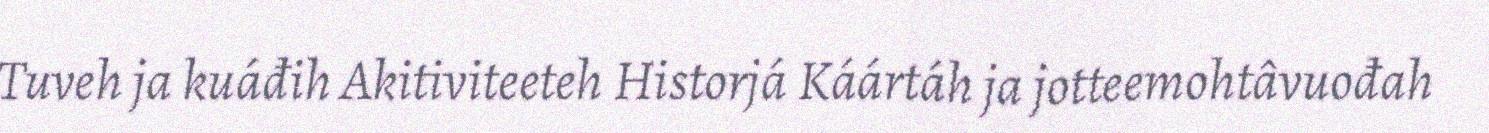
Tuveh ja kuáđih Akitiviteeteh Historjá Káártáh ja jotteemohtâvuođah